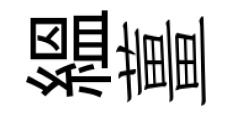
緼薑